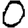
Digit: 0